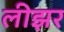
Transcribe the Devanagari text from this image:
लीझर